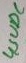
Text: 4,5VDC